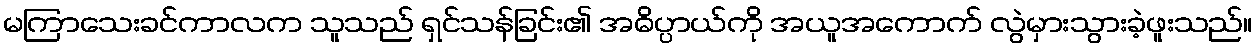
မကြာသေးခင်ကာလက သူသည် ရှင်သန်ခြင်း၏ အဓိပ္ပာယ်ကို အယူအကောက် လွဲမှားသွားခဲ့ဖူးသည်။